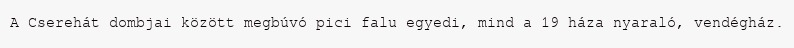
A Cserehát dombjai között megbúvó pici falu egyedi, mind a 19 háza nyaraló, vendégház.